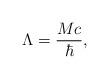
LaTeX: \begin{align*}\Lambda = \frac{Mc}{\hbar},\end{align*}